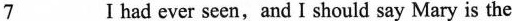
\underline{7} I hadever seen, and I should say Mary is the